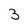
Character: 3